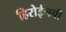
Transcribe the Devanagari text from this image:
हिरोईनची